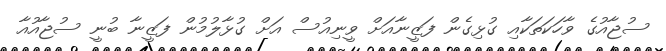
ސުޖާއުގެ ވާހަކަތަކާއި ގުޅިގެން ފަޒީނާއަށް ވީނިއުސް އަށް ގުޅާލުމުން ފަޒީނާ ބުނީ ސުޖާއުއާ